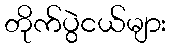
တိုက်ပွဲငယ်များ